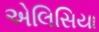
એલિસિયા